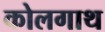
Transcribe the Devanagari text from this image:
कोलगाथ